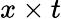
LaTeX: x\times t